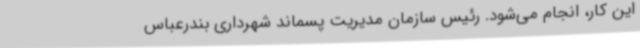
این کار، انجام می‌شود. رئیس سازمان مدیریت پسماند شهرداری بندرعباس